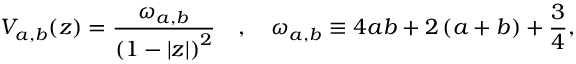
V _ { a , b } ( z ) = \frac { \omega _ { a , b } } { { \left( 1 - | z | \right) } ^ { 2 } } \quad , \quad \omega _ { a , b } \equiv 4 a b + 2 \left( a + b \right) + \frac { 3 } { 4 } ,